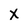
Character: x